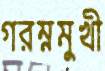
গরম্নমুখী